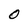
Character: O